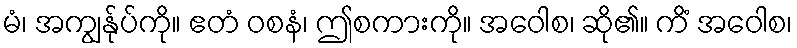
မံ၊ အကျွန်ုပ်ကို။ ဧတံ ဝစနံ၊ ဤစကားကို။ အဝေါစ၊ ဆို၏။ ကိံ အဝေါစ၊